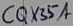
Text: CQX35A